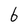
Character: 6